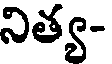
నిత్య-